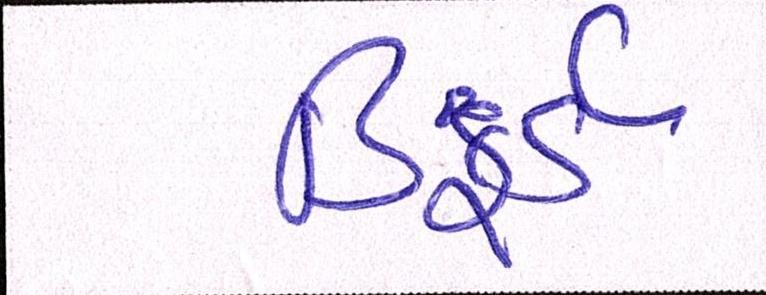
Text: ડિફર્ડ